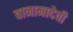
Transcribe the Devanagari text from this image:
वानामादेवी